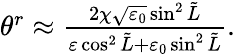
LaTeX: \begin{array}{r}{\theta^{r}\approx\frac{2\chi\sqrt{\varepsilon_{0}}\sin^{2}\tilde{L}}{\varepsilon\cos^{2}\tilde{L}+\varepsilon_{0}\sin^{2}\tilde{L}}.}\end{array}